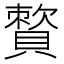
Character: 𧷕